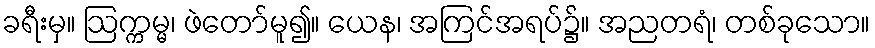
ခရီးမှ။ ဩက္ကမ္မ၊ ဖဲတော်မူ၍။ ယေန၊ အကြင်အရပ်၌။ အညတရံ၊ တစ်ခုသော။